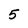
Character: 5